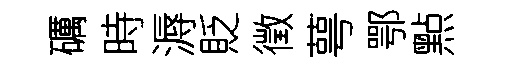
礪時溽貶徵萼鄂㸃